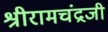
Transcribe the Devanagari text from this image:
श्रीरामचंद्रजी